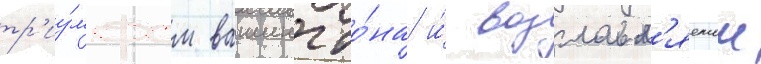
тр'иу́мфом вашингто́на и́ возглавл'яемои